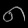
Digit: ၈